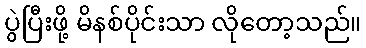
ပွဲပြီးဖို့ မိနစ်ပိုင်းသာ လိုတော့သည်။